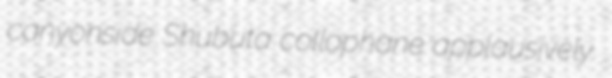
canyonside Shubuta collophane applausively